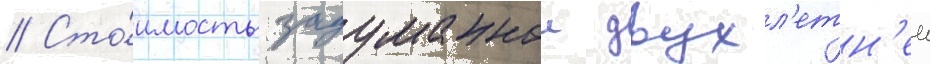
// Сто́имость задуманнои двухл'етн'еи